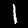
Digit: 1